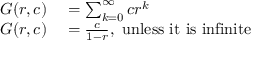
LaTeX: \begin{array} { r l r l } { G ( r , c ) } & { { } = \sum _ { k = 0 } ^ { \infty } c r ^ { k } } & { } & { { } } \\ { G ( r , c ) } & { { } = { \frac { c } { 1 - r } } , { \mathrm { ~ u n l e s s ~ i t ~ i s ~ i n f i n i t e } } } & { } & { { } } \end{array}